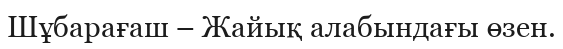
Шұбарағаш – Жайық алабындағы өзен.